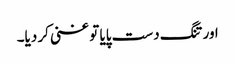
اور تنگ دست پایا تو غنی کر دیا۔